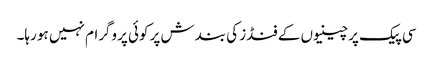
سی پیک پر چینیوں کے فنڈز کی بندش پر کوئی پروگرام نہیں ہو رہا۔